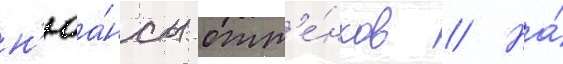
н'юа́нсы отт'е́нков // На́